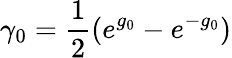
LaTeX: \gamma_{0}=\frac{1}{2}(e^{g_{0}}-e^{-g_{0}})